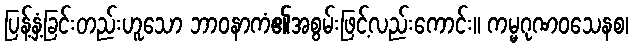
ပြန့်နှံ့ခြင်းတည်းဟူသော ဘာဝနာကံ၏အစွမ်းဖြင့်လည်းကောင်း။ ကမ္မဂုဏဝသေနစ၊